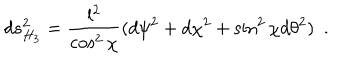
d s _ { H _ { 3 } } ^ { 2 } = { \frac { l ^ { 2 } } { \cos ^ { 2 } \chi } } ( d \psi ^ { 2 } + d \chi ^ { 2 } + \sin ^ { 2 } \chi d \theta ^ { 2 } ) ~ ~ .